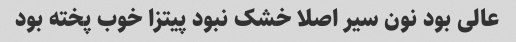
عالی بود نون سیر اصلا خشک نبود پیتزا خوب پخته بود